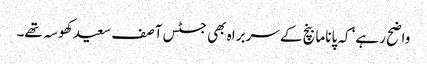
واضح رہے‘ کہ پاناما بنچ کے سربراہ بھی جسٹس آصف سعید کھوسہ تھے۔